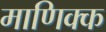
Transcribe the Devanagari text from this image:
माणिक्क